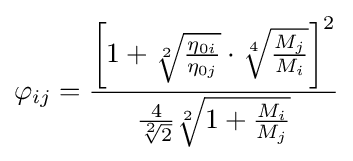
\varphi _{ij}={\frac {\left[1+{\sqrt[{2}]{\frac {\eta _{0i}}{\eta _{0j}}}}\cdot {\sqrt[{4}]{\frac {M_{j}}{M_{i}}}}\right]^{2}}{{\frac {4}{\sqrt[{2}]{2}}}{\sqrt[{2}]{1+{\frac {M_{i}}{M_{j}}}}}}}